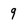
Character: 9